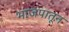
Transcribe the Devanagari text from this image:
भाजपातून